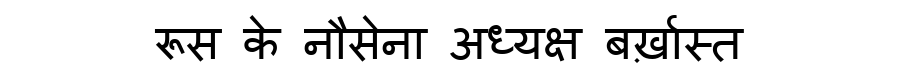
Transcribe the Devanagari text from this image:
रूस के नौसेना अध्यक्ष बर्ख़ास्त